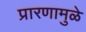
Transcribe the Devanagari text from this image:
प्रारणामुळे